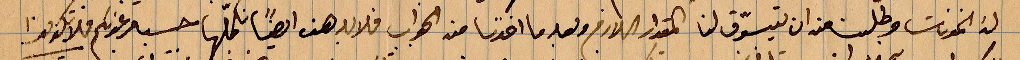
له الخةنات وطلبنا منه ان يتسوٌّ لنا المقدار اللازم وبعد ان اخذنا منه الجواب فلا بد هنا ايضًأ نكمّلها حسبما عندكم فلا تكونوا